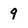
Character: 9